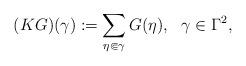
LaTeX: \begin{align*} (KG)(\gamma) := \sum \limits_{\eta \Subset \gamma}G(\eta),\ \ \gamma \in \Gamma^2,\end{align*}